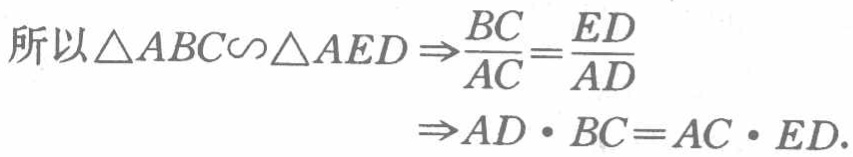
\[

\begin{align*}

\text{所以}\triangle ABC\backsim\triangle AED&\Rightarrow\frac{BC}{AC}=\frac{ED}{AD}\\

&\Rightarrow AD\cdot BC = AC\cdot ED.

\end{align*}

\]